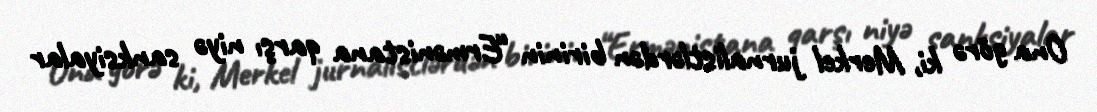
Ona görə ki, Merkel jurnalistlərdən birinin “Ermənistana qarşı niyə sanksiyalar